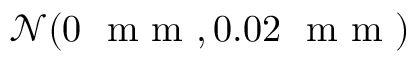
\mathcal { N } ( 0 \ \mathrm { ~ m ~ m ~ } , 0 . 0 2 \ \mathrm { ~ m ~ m ~ } )